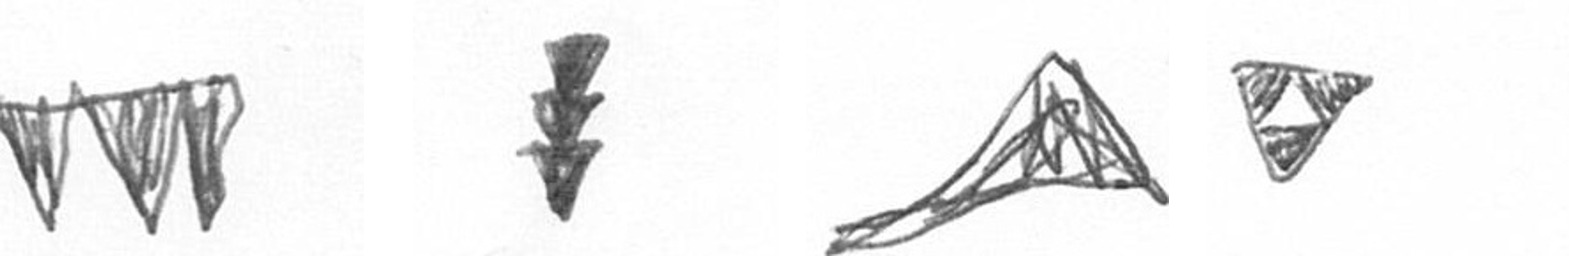
L E O S